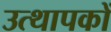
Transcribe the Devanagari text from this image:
उत्थापकों